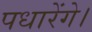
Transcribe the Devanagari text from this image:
पधारेंगे।